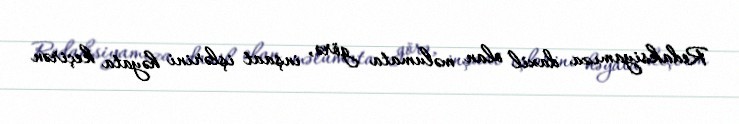
Redaksiyamıza daxil olan məlumata görə, inşaat işlərini həyata keçirən